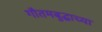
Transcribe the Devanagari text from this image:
गौतमबुद्धाच्या